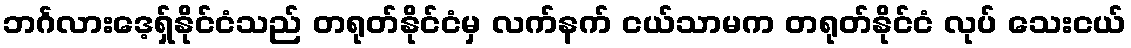
ဘင်္ဂလားဒေ့ရှ်နိုင်ငံသည် တရုတ်နိုင်ငံမှ လက်နက် ငယ်သာမက တရုတ်နိုင်ငံ လုပ် သေးငယ်